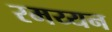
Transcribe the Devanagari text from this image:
रमय्यन